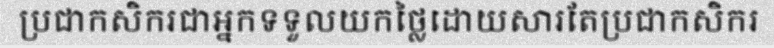
ប្រជាកសិករជាអ្នកទទួលយកថ្លៃដោយសារតែប្រជាកសិករ